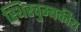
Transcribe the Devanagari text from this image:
स्थिरचुम्बकीय